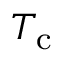
T _ { \mathrm { c } }